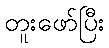
တူးဖော်ပြီး